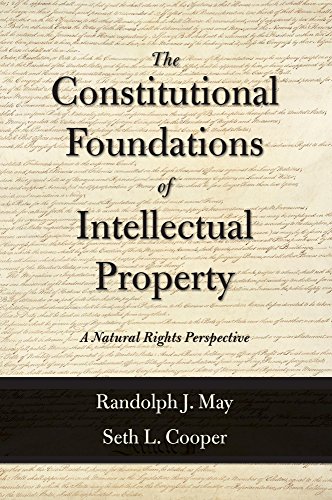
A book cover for The Constitutional Foundations of Intellectual Property: A Natural Rights Perspective; Randolph J. May; Law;